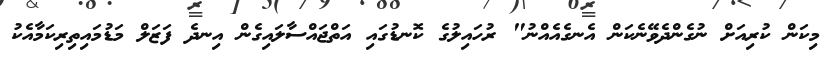
މިކަން ކުރިއަށް ނުގެންދެވޭނެކަން އެނގެއެއްނު" ރުހައިލުގެ ކޮނޑުގައި އަތްޖައްސާލައިގެން އިނދެ ފަޒަލް މަޑުމައިތިރިކަމާއެކު